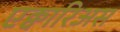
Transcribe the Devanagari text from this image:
एक्वारिअस